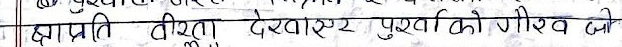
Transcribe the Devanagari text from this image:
खाप्रति टीट देशहण पुरखाको गौरव जी